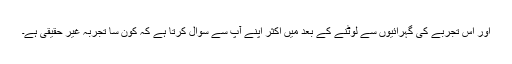
اور اس تجربے کی گہرائیوں سے لوٹنے کے بعد میں اکثر اپنے آپ سے سوال کرتا ہے کہ کون سا تجربہ غیر حقیقی ہے۔